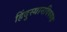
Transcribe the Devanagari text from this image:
हिंदुस्थानविषयक